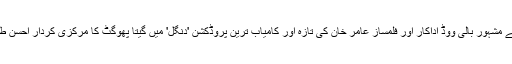
زائرا سری نگر کی رہنے والی ہے اور اُس نے مشہور بالی ووڈ اداکار اور فلمساز عامر خان کی تازہ اور کامیاب ترین پروڈکشن 'دنگل' میں گیتا پھوگٹ کا مرکزی کردار احسن طور پر ادا کیا جس پر اس کو بے حد سراہا گیا۔